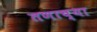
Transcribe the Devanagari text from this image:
तणाच्या